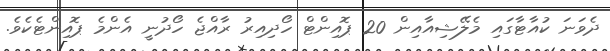
ދެވަނަ ކުއާޓާގައި މެލޭޝިއާއިން 20 ޕޮއިންޓް ހޯދިއިރު ރާއްޖެ ހޯދުނީ އެންމެ ޕޮއިންޓެކެވެ.